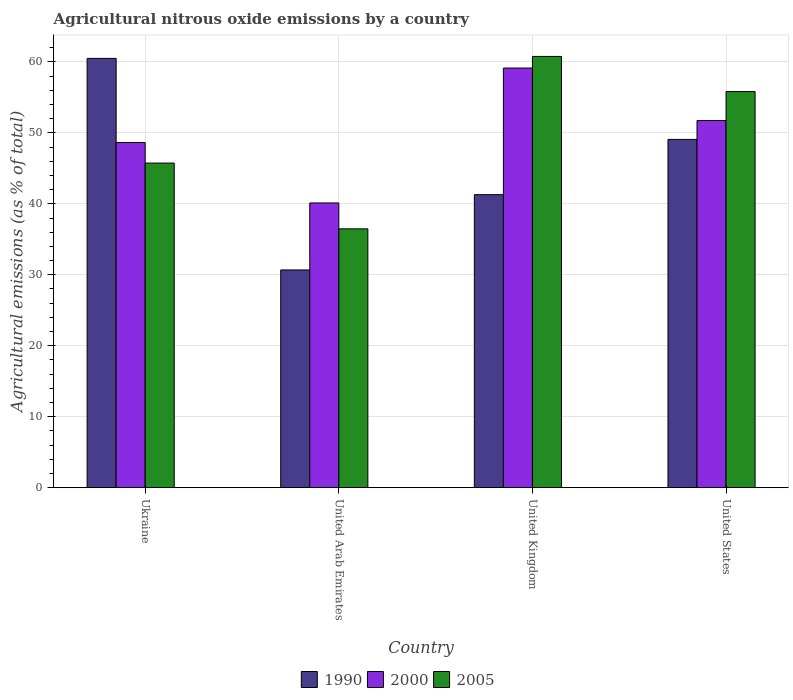
| Country | 1990 | 2000 | 2005 |
 | --- | --- | --- | --- |
 | Ukraine | 60.5 | 48.6 | 45.7 |
 | United Arab Emirates | 30.7 | 40.1 | 36.5 |
 | United Kingdom | 41.3 | 59.1 | 60.8 |
 | United States | 49.1 | 51.7 | 55.8 |